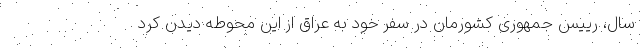
سال، رییس جمهوری کشورمان در سفر خود به عراق از این محوطه دیدن کرد